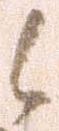
候